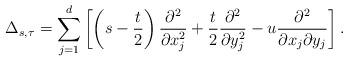
LaTeX: \begin{align*}\Delta_{s,\tau}=\sum_{j=1}^{d}\left[ \left( s-\frac{t}{2}\right)\frac{\partial^{2}}{\partial x_{j}^{2}}+\frac{t}{2}\frac{\partial^{2}}{\partial y_{j}^{2}}-u\frac{\partial^{2}}{\partial x_{j}\partial y_{j}}\right] . \end{align*}